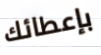
بإعطائك